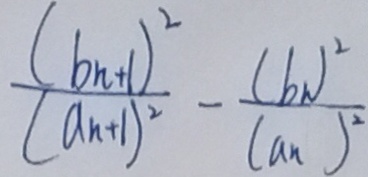
\frac { ( 6 _ { n } + 1 ) ^ { 2 } } { ( a _ { n } + 1 ) ^ { 2 } } - \frac { ( b _ { n } ) ^ { 2 } } { ( a _ { n } ) ^ { 2 } }